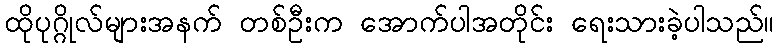
ထိုပုဂ္ဂိုလ်များအနက် တစ်ဦးက အောက်ပါအတိုင်း ရေးသားခဲ့ပါသည်။